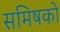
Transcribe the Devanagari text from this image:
समिषको